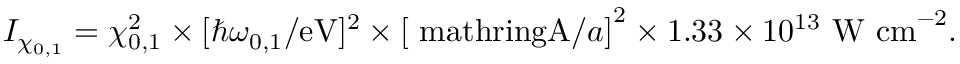
I _ { \chi _ { 0 , 1 } } = \chi _ { 0 , 1 } ^ { 2 } \times \lbrack \hbar \omega _ { 0 , 1 } / \mathrm { e V } ] ^ { 2 } \times \left[ \mathrm { \ m a t h r i n g { A } } / a \right] ^ { 2 } \times 1 . 3 3 \times 1 0 ^ { 1 3 } \ \mathrm { W \ c m } ^ { - 2 } .